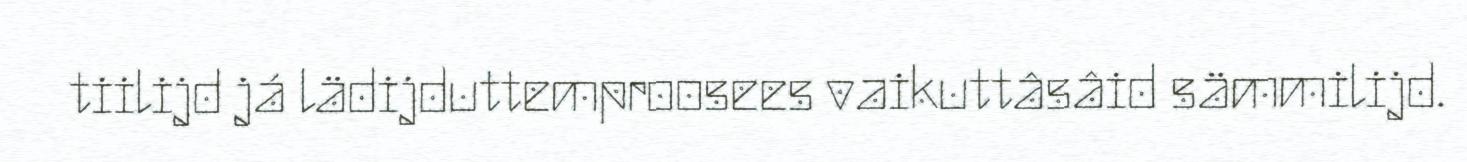
tiilijd já lädijduttemproosees vaikuttâsâid sämmilijd.